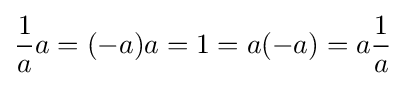
{\frac {1}{a}}a=(-a)a=1=a(-a)=a{\frac {1}{a}}